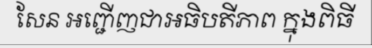
សែន អញ្ជើញជាអធិបតីភាព ក្នុងពិធី